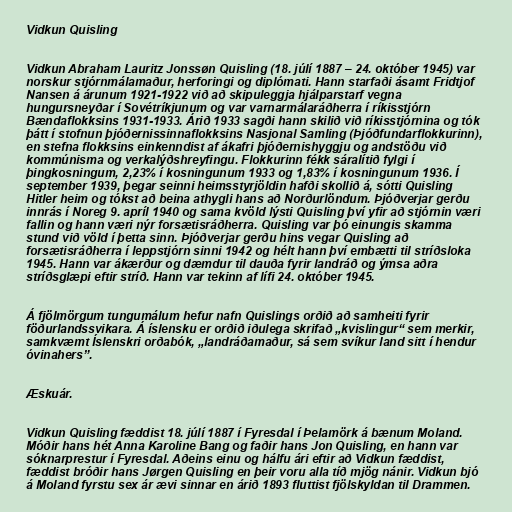
Vidkun Quisling

Vidkun Abraham Lauritz Jonssøn Quisling (18. júlí 1887 – 24. október 1945) var
norskur stjórnmálamaður, herforingi og diplómati. Hann starfaði ásamt Fridtjof
Nansen á árunum 1921-1922 við að skipuleggja hjálparstarf vegna
hungursneyðar í Sovétríkjunum og var varnarmálaráðherra í ríkisstjórn
Bændaflokksins 1931-1933. Árið 1933 sagði hann skilið við ríkisstjórnina og tók
þátt í stofnun þjóðernissinnaflokksins Nasjonal Samling (Þjóðfundarflokkurinn),
en stefna flokksins einkenndist af ákafri þjóðernishyggju og andstöðu við
kommúnisma og verkalýðshreyfingu. Flokkurinn fékk sáralítið fylgi í
þingkosningum, 2,23% í kosningunum 1933 og 1,83% í kosningunum 1936. Í
september 1939, þegar seinni heimsstyrjöldin hafði skollið á, sótti Quisling
Hitler heim og tókst að beina athygli hans að Norðurlöndum. Þjóðverjar gerðu
innrás í Noreg 9. apríl 1940 og sama kvöld lýsti Quisling því yfir að stjórnin væri
fallin og hann væri nýr forsætisráðherra. Quisling var þó einungis skamma
stund við völd í þetta sinn. Þjóðverjar gerðu hins vegar Quisling að
forsætisráðherra í leppstjórn sinni 1942 og hélt hann því embætti til stríðsloka
1945. Hann var ákærður og dæmdur til dauða fyrir landráð og ýmsa aðra
stríðsglæpi eftir stríð. Hann var tekinn af lífi 24. október 1945.

Á fjölmörgum tungumálum hefur nafn Quislings orðið að samheiti fyrir
föðurlandssvikara. Á íslensku er orðið iðulega skrifað „kvislingur“ sem merkir,
samkvæmt Íslenskri orðabók, „landráðamaður, sá sem svíkur land sitt í hendur
óvinahers”.

Æskuár.

Vidkun Quisling fæddist 18. júlí 1887 í Fyresdal í Þelamörk á bænum Moland.
Móðir hans hét Anna Karoline Bang og faðir hans Jon Quisling, en hann var
sóknarprestur í Fyresdal. Aðeins einu og hálfu ári eftir að Vidkun fæddist,
fæddist bróðir hans Jørgen Quisling en þeir voru alla tíð mjög nánir. Vidkun bjó
á Moland fyrstu sex ár ævi sinnar en árið 1893 fluttist fjölskyldan til Drammen.